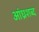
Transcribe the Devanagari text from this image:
आंध्रशब्द